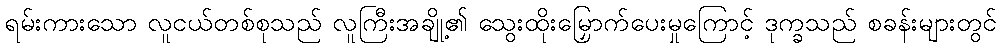
ရမ်းကားသော လူငယ်တစ်စုသည် လူကြီးအချို့၏ သွေးထိုးမြှောက်ပေးမှုကြောင့် ဒုက္ခသည် စခန်းများတွင်